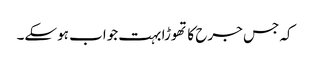
کہ جس جرح کا تھوڑا بہت جواب ہوسکے۔